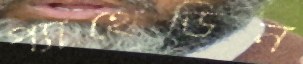
প্যাথেডিন